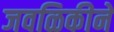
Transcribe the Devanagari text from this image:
जवळिकीने